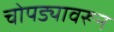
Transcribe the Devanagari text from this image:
चोपड्यावरून